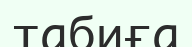
табиға